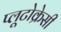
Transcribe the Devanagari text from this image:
प्लूटोक्रेसी